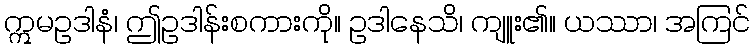
ဣမဥဒါနံ၊ ဤဥဒါန်းစကားကို။ ဥဒါနေသိ၊ ကျူး၏။ ယဿာ၊ အကြင်